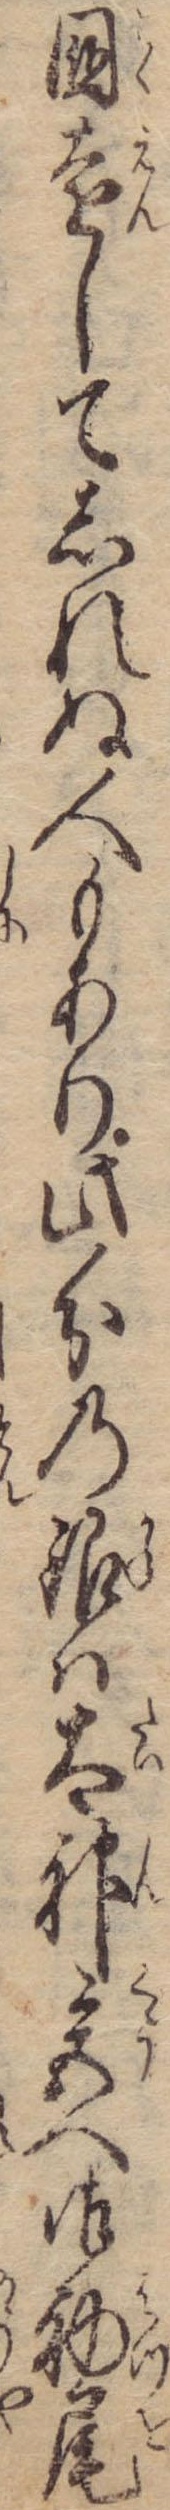
国遠してしれぬ人もあり此分の銀は太神宮へ御初尾